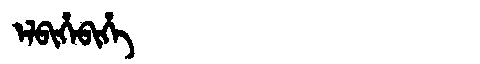
Manchu: ᡝᠯᠪᡳᡥᡝᠪᡳᡥᡝ
Romanization: ELBIHEBIHE